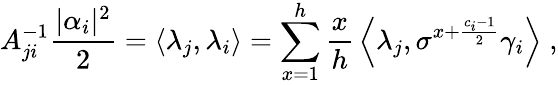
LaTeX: A_{ji}^{-1}\frac{|\alpha_{i}|^{2}}{2}=\left\langle\lambda_{j},\lambda_{i}\right\rangle=\sum_{x=1}^{h}\frac{x}{h}\, \left\langle\lambda_{j},\sigma^{x+\frac{c_{i}-1}{2}}\gamma_{i}\right\rangle\; ,